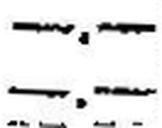
—.—